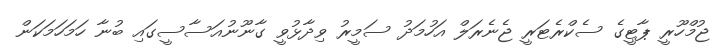
ޖުމްހޫރީ ޕާޓީގެ ސެކްރެޓަރީ ޖެނެރަލް އަހުމަދު ސަމީރު ވިދާޅުވީ ގާނޫނުއަސާސީގައި ބުނާ ހަމަހަމަކަން